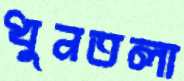
ধুনতলা